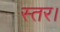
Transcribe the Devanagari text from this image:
स्तर।